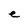
Character: e